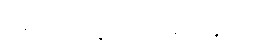
ရောက်သွားကြမည်နည်း။